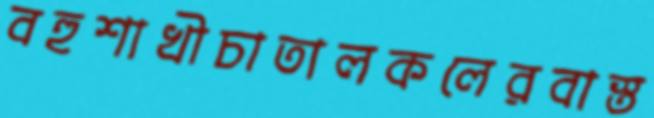
বহুশাখীচাতালকলেরবাস্ত